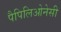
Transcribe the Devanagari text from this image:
पैपिलिओनेसी